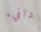
دافيء